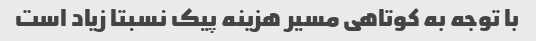
با توجه به کوتاهی مسیر هزینه پیک نسبتا زیاد است